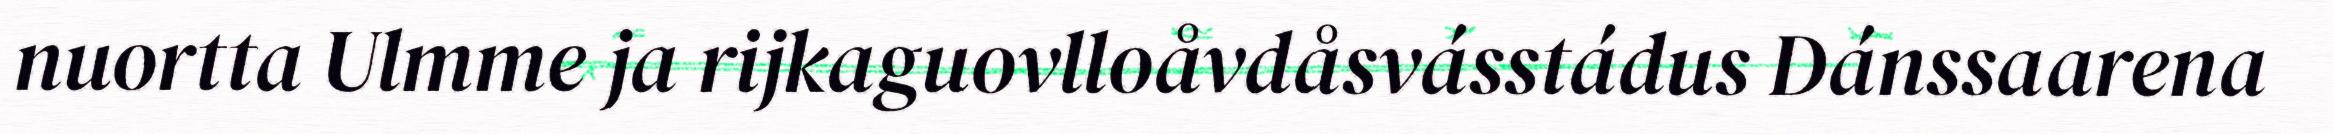
nuortta Ulmme ja rijkaguovlloåvdåsvásstádus Dánssaarena